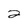
Character: 2